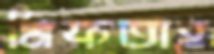
মিফতাহ